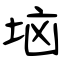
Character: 垴